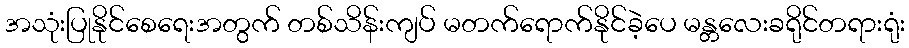
အသုံးပြုနိုင်စေရေးအတွက် တစ်သိန်းကျပ် မတက်ရောက်နိုင်ခဲ့ပေ မန္တလေးခရိုင်တရားရုံး